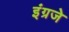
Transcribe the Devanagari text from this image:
इंग्रजे